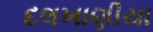
દલખાણીયા